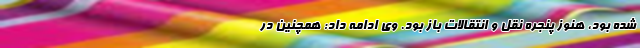
شده بود، هنوز پنجره نقل و انتقالات باز بود. وی ادامه داد: همچنین در